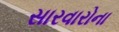
સારવારોના